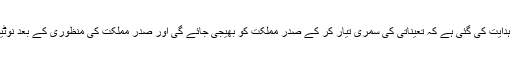
عمران خان کی جانب سے ہدایت کی گئی ہے کہ تعیناتی کی سمری تیار کر کے صدر مملکت کو بھیجی جائے گی اور صدر مملکت کی منظوری کے بعد نوٹیفیکشن جاری کیا جائے گا۔